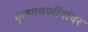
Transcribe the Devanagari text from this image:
कृष्णवर्णीयांवर